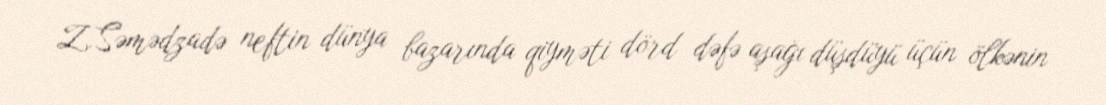
Z.Səmədzadə neftin dünya bazarında qiyməti dörd dəfə aşağı düşdüyü üçün ölkənin